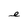
Character: e